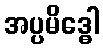
အပ္ပမိဒ္ဓေါ